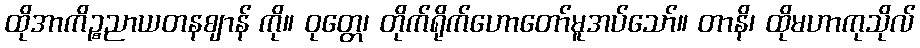
ထိုအာကိဉ္စညာယတနဈာန် ကို။ ဝုတ္တေ၊ တိုက်ရိုက်ဟောတော်မူအပ်သော်။ တာနိ၊ ထိုမဟာကုသိုလ်